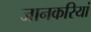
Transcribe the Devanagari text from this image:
जानकरियां